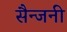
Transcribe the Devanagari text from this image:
सैन्जनी